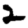
Digit: 2